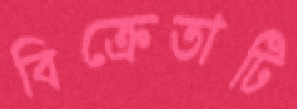
বিক্রেতাটি